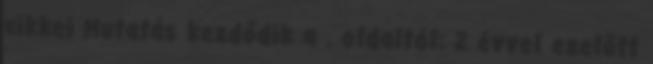
cikkei Mutatás kezdődik a . oldaltól: 2 évvel ezelőtt